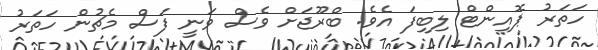
ހަތަރު ޕޮއިންޓް ލިބިފަ އެވެ. ބްރޫޖަށް ވެސް ވަނީ ފަސް މެޗުން ހަތަރު